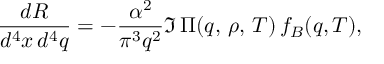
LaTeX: \frac { d R } { d ^ { 4 } x \, d ^ { 4 } q } = - \frac { \alpha ^ { 2 } } { \pi ^ { 3 } q ^ { 2 } } \Im \, \Pi ( q , \, \rho , \, T ) \, f _ { B } ( q , T ) ,